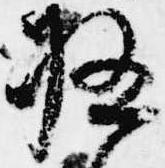
極